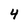
Character: 4